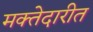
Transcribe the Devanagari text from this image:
मक्तेदारीत